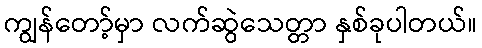
ကျွန်တော့်မှာ လက်ဆွဲသေတ္တာ နှစ်ခုပါတယ်။